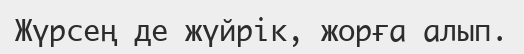
Жүрсең де жүйрік, жорға алып.